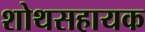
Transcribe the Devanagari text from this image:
शोथसहायक